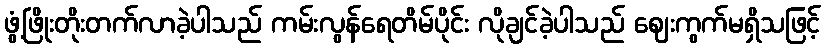
ဖွံ့ဖြိုးတိုးတက်လာခဲ့ပါသည် ကမ်းလွန်ရေတိမ်ပိုင်း လိုချင်ခဲ့ပါသည် ဈေးကွက်မရှိသဖြင့်